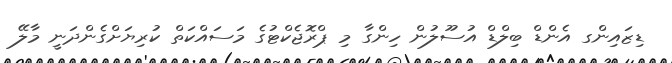
ޑިޒައިންގ އެންޑް ބިލްޑް އުސޫލުން ހިންގާ މި ޕްރޮޖެކްޓުގެ މަސައްކަތް ކުރިޔަށްގެންދަނީ މާލޭ